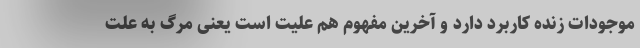
موجودات زنده کاربرد دارد و آخرین مفهوم هم علیت است یعنی مرگ به علت